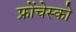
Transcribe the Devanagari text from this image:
फ्रोंचेस्को